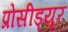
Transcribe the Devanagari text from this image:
प्रोसीड्यूर